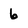
Character: 6